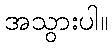
အသွားပါ။